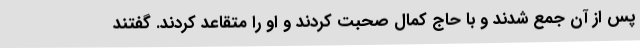
پس از آن جمع شدند و با حاج کمال صحبت کردند و او را متقاعد کردند. گفتند